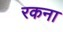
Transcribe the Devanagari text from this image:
रकना